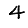
Digit: 4